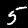
Label: 5